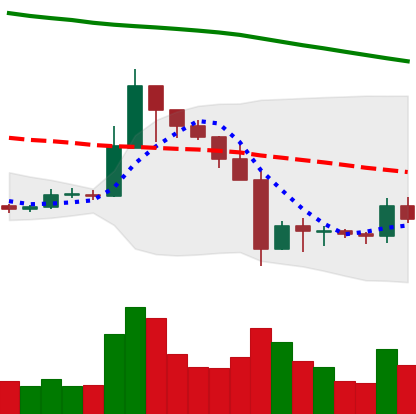
Ticker: XRP-USD
Chart end date: 2019-10-01
Forward return: 3.262%
Label: up_3_5